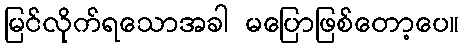
မြင်လိုက်ရသောအခါ မပြောဖြစ်တော့ပေ။